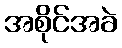
အစိုင်အခဲ